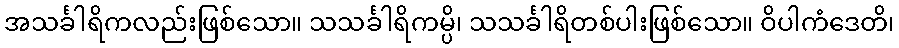
အသင်္ခါရိကလည်းဖြစ်သော။ သသင်္ခါရိကမ္ပိ၊ သသင်္ခါရိတစ်ပါးဖြစ်သော။ ဝိပါကံဒေတိ၊